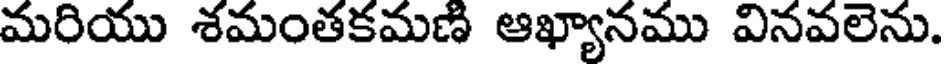
మరియు శమంతకమణి ఆఖ్యానము వినవలెను.